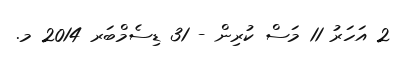
2 އަހަރު 11 މަސް ކުރިން - 31 ޑިސެމްބަރ 2014 މ.